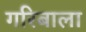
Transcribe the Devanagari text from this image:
गरिबाला